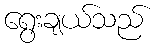
ရွေးချယ်သည်